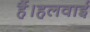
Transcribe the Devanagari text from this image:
हैं।हलवाई